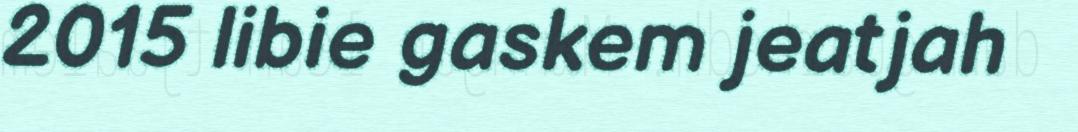
2015 libie gaskem jeatjah